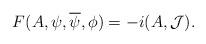
LaTeX: \begin{align*}F(A,\psi,\overline\psi,\phi)=-i(A,{\cal J}).\end{align*}